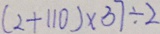
( 2 + 1 1 0 ) \times 3 7 \div 2